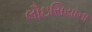
લૌઇસિયાના